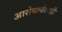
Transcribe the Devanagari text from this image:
आरोपानंतरही